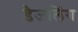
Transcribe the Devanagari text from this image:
डैजलिंग